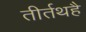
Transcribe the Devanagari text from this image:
तीर्तथहै